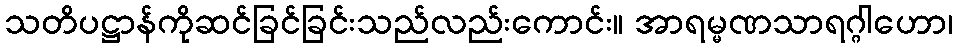
သတိပဋ္ဌာန်ကိုဆင်ခြင်ခြင်းသည်လည်းကောင်း။ အာရမ္မဏသာရဂ္ဂါဟော၊